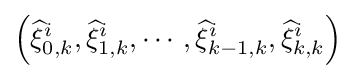
\left({\widehat {\xi }}_{0,k}^{i},{\widehat {\xi }}_{1,k}^{i},\cdots ,{\widehat {\xi }}_{k-1,k}^{i},{\widehat {\xi }}_{k,k}^{i}\right)